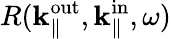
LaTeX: R({\mathbf k}_{\parallel}^{\mathrm{out}},{\mathbf k}_{\parallel}^{\mathrm{in}},\omega)